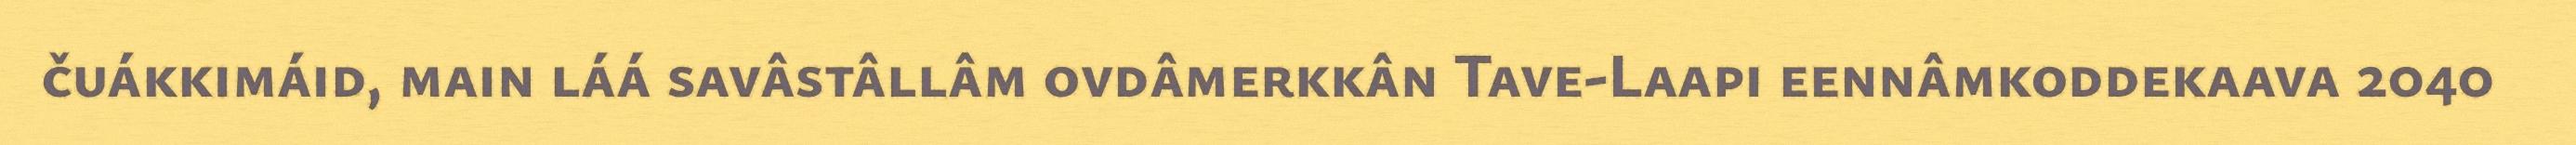
čuákkimáid, main láá savâstâllâm ovdâmerkkân Tave-Laapi eennâmkoddekaava 2040